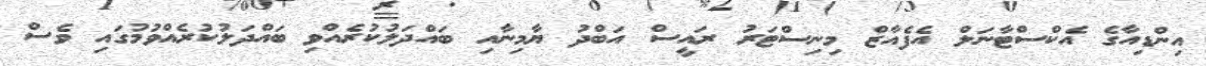
އިންޑިއާގެ އެކްސްޓާނަލް އެފެއާޒް މިނިސްޓަރު ރައީސް އަބްދު ޔާމިނާއި ބައްދަލުކުރެއްވި ބައްދަލުކުރެއްވުމުގައި ވެސް